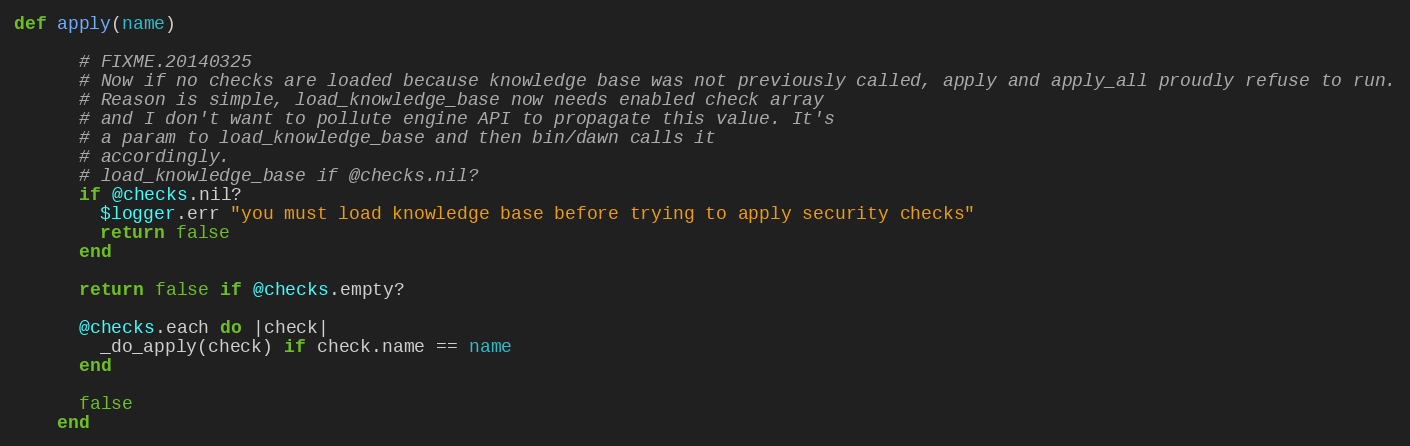
Language: Ruby
def apply(name)

      # FIXME.20140325
      # Now if no checks are loaded because knowledge base was not previously called, apply and apply_all proudly refuse to run.
      # Reason is simple, load_knowledge_base now needs enabled check array
      # and I don't want to pollute engine API to propagate this value. It's
      # a param to load_knowledge_base and then bin/dawn calls it
      # accordingly.
      # load_knowledge_base if @checks.nil?
      if @checks.nil?
        $logger.err "you must load knowledge base before trying to apply security checks"
        return false
      end

      return false if @checks.empty?

      @checks.each do |check|
        _do_apply(check) if check.name == name
      end

      false
    end